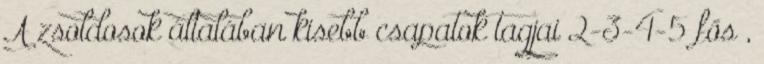
A zsoldosok általában kisebb csapatok tagjai 2-3-4-5 fős ,